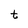
Character: t